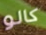
كالو